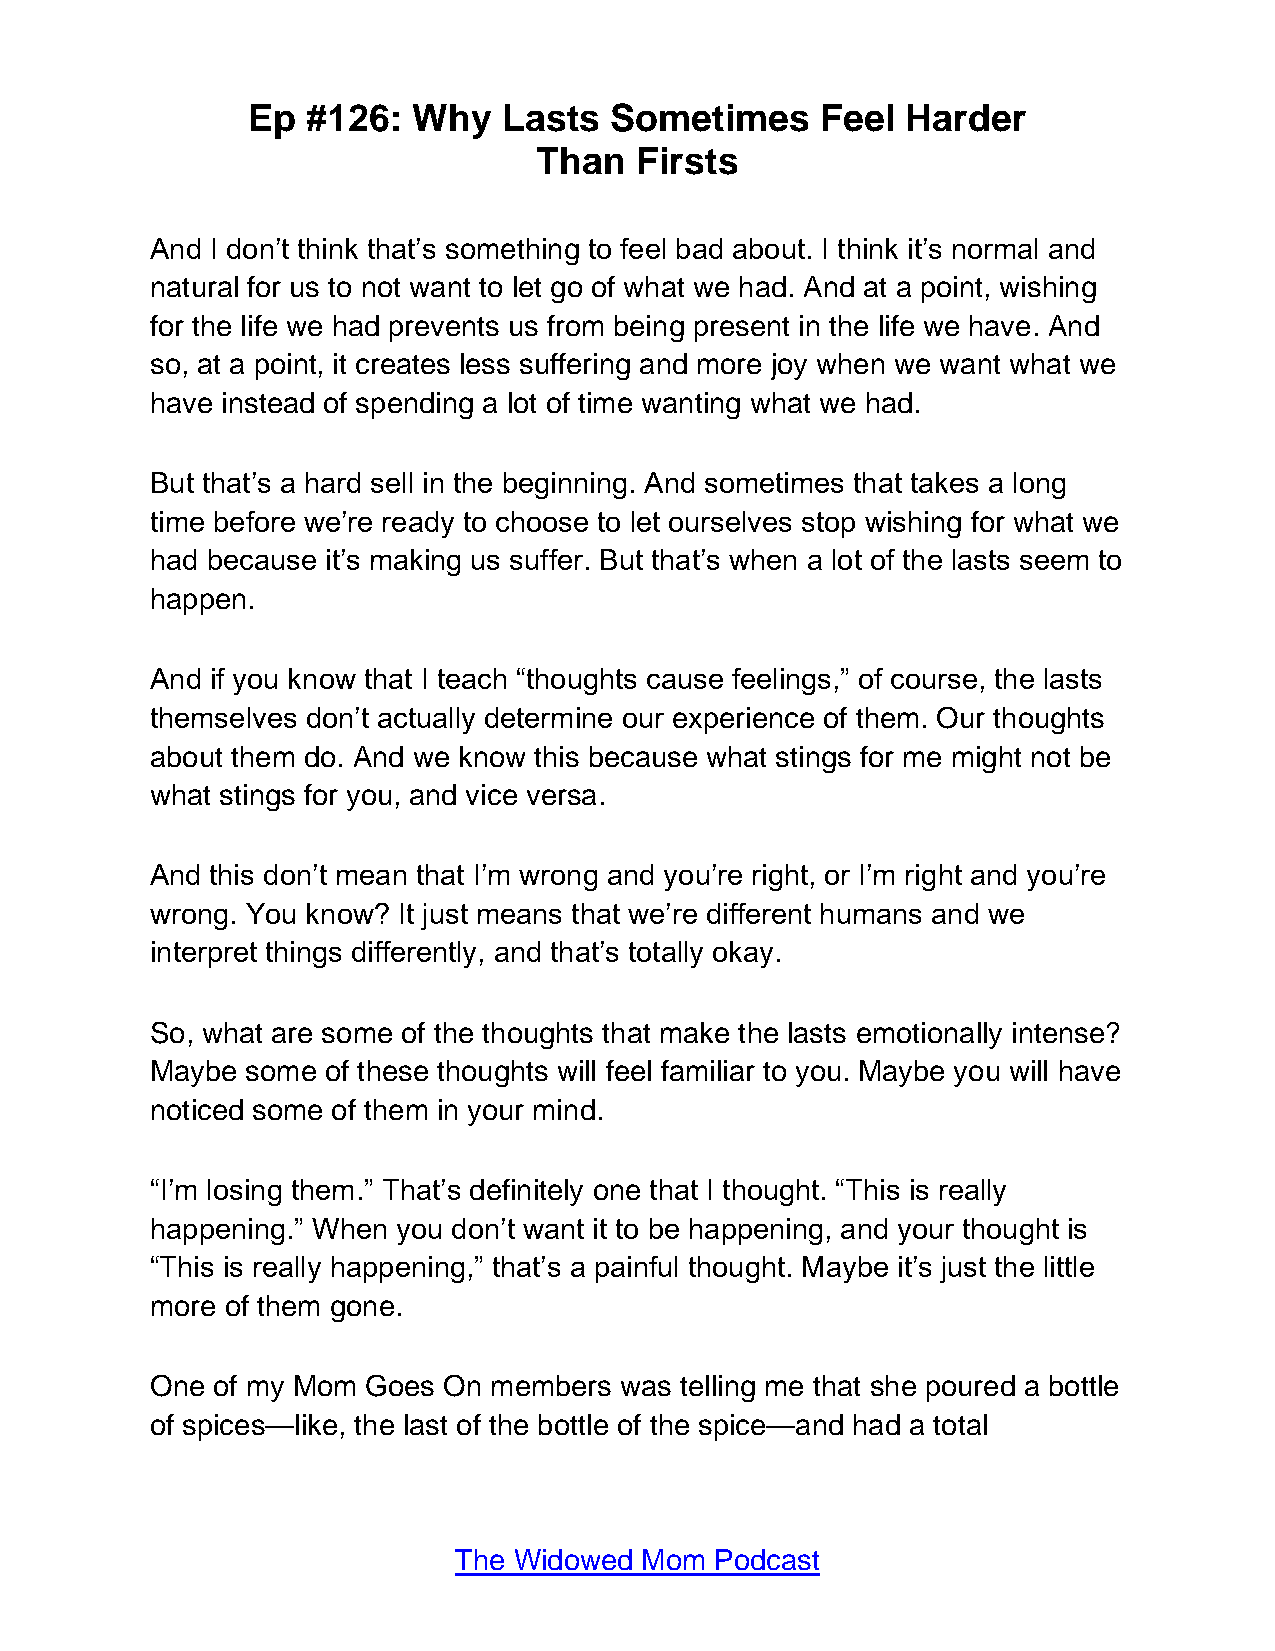
Ep  #126:  Why   Lasts  Sometimes     Feel  Harder
 Than  Firsts
 And I don’t think that’s something to feel bad about. I think it’s normal and
 natural for us to not want to let go of what we had. And at a point, wishing
 for the life we had prevents us from being present in the life we have. And
 so, at a point, it creates less suffering and more joy when we want what we
 have instead of spending a lot of time wanting what we had.
 But that’s a hard sell in the beginning. And sometimes that takes a long
 time before we’re ready to choose to let ourselves stop wishing for what we
 had because it’s making us suffer. But that’s when a lot of the lasts seem to
 happen.
 And if you know that I teach “thoughts cause feelings,” of course, the lasts
 themselves don’t actually determine our experience of them. Our thoughts
 about them do. And we know this because what stings for me might not be
 what stings for you, and vice versa.
 And this don’t mean that I’m wrong and you’re right, or I’m right and you’re
 wrong. You know? It just means that we’re different humans and we
 interpret things differently, and that’s totally okay.
 So, what are some of the thoughts that make the lasts emotionally intense?
 Maybe some  of these thoughts will feel familiar to you. Maybe you will have
 noticed some of them in your mind.
 “I’m losing them.” That’s definitely one that I thought. “This is really
 happening.” When you don’t want it to be happening, and your thought is
 “This is really happening,” that’s a painful thought. Maybe it’s just the little
 more of them gone.
 One of my Mom Goes On members  was telling me that she poured a bottle
 of spices—like, the last of the bottle of the spice—and had a total
 The Widowed Mom  Podcast